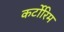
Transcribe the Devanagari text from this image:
कर्टोरिम